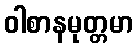
ဝါစာနမုတ္တမာ